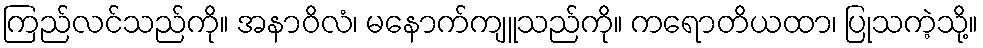
ကြည်လင်သည်ကို။ အနာဝိလံ၊ မနောက်ကျူသည်ကို။ ကရောတိယထာ၊ ပြုသကဲ့သို့။